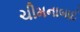
ચીમનાબાઈ